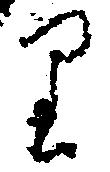
り